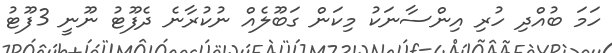
ހަމަ ބުއްދި ހުރި އިންސާނަކު މިކަން ގަބޫލެއް ނުކުރާނެ ދެފޫޓު ނޫނީ 3ފޫޓު